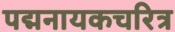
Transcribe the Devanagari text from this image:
पद्मनायकचरित्र